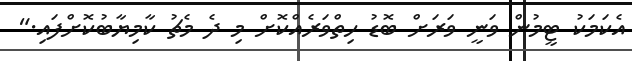
އެކަމަކު ޓީމުން ވަނީ ވަރަށް ބޮޑު ހިތްވަރެއްކޮށް މި ދެ މެޗު ކާމިޔާބުކޮށްފައި."